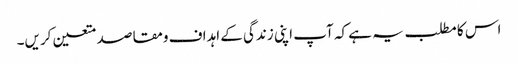
اس کا مطلب یہ ہے کہ آپ اپنی زندگی کے اہداف ومقاصد متعین کریں۔